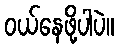
ဝယ်နေဖို့ပါပဲ။